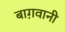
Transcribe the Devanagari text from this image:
बाग़वानी